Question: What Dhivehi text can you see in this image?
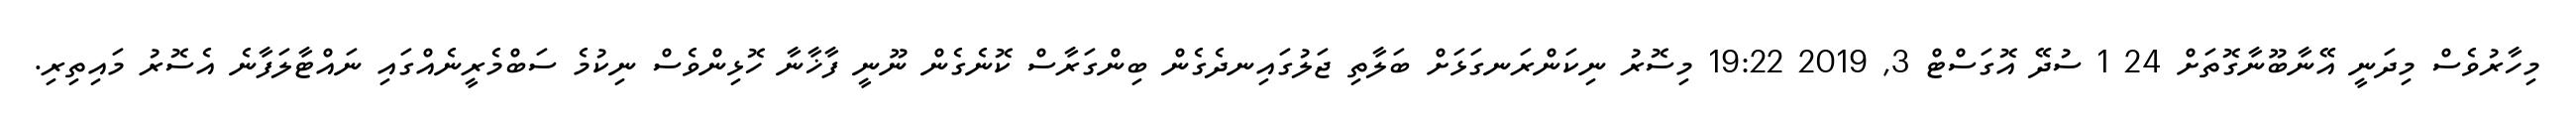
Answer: މިހާރުވެސް މިދަނީ އޭނާބޫނާގޮތަށް 24 1 ސުދޭ އޮގަސްޓް 3, 2019 19:22 މިސޮރު ނިކަންރަނގަޅަށް ބަލާތި ޖަލުގައިނދެގެން ބިންގަރާސް ކޮނެގެން ނޫނީ ފާޚާނާ ހޮޅިންވެސް ނިކުމެ ސަބްމެރީނެއްގައި ނައްޓާލަފާނެ އެސޮރު މައިތިރި.